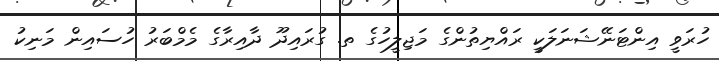
ހުރަވީ އިންޓަނޭޝަނަލަކީ ރައްޔިތުންގެ މަޖިލީހުގެ ތ. ގުރައިދޫ ދާއިރާގެ މެމްބަރު ހުސައިން މަނިކު